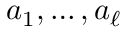
a _ { 1 } , \dots , a _ { \ell }